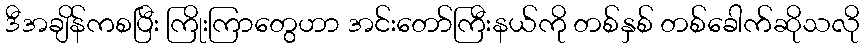
ဒီအချိန်ကစပြီး ကြိုးကြာတွေဟာ အင်းတော်ကြီးနယ်ကို တစ်နှစ် တစ်ခေါက်ဆိုသလို